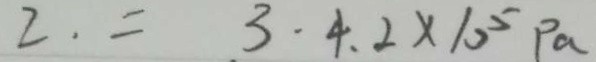
2 . = 3 \cdot 4 . 2 \times 1 0 ^ { 5 } P a